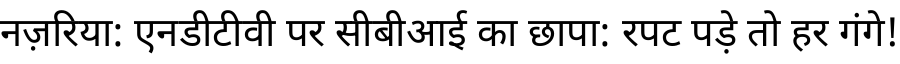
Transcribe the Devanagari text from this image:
नज़रिया: एनडीटीवी पर सीबीआई का छापा: रपट पड़े तो हर गंगे!